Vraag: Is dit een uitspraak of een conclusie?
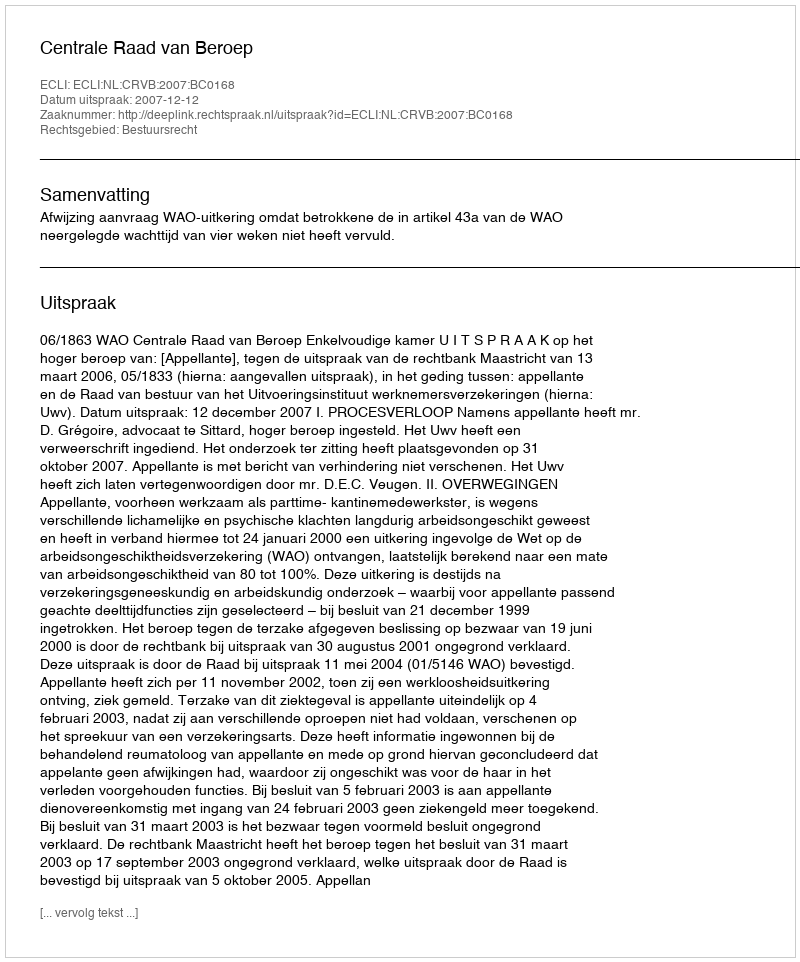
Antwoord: Uitspraak